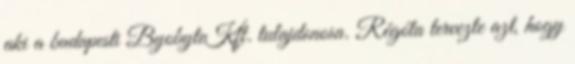
aki a budapesti ByobyteKft. tulajdonosa. Régóta tervezte azt, hogy